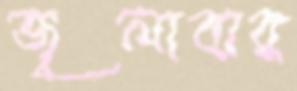
জ্বলাবার